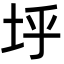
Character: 垀